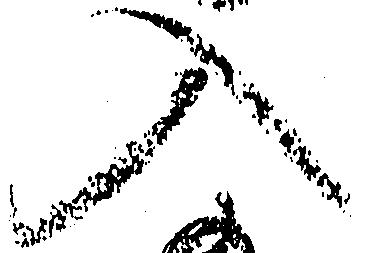
入